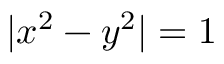
| x ^ { 2 } - y ^ { 2 } | = 1